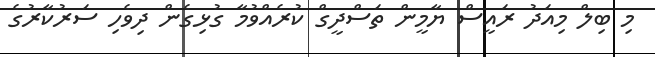
މި ބިލް މިއަދު ރައީސް ޔާމީން ތަސްދީގް ކުރެއްވުމާ ގުޅިގެން ދިވެހި ސަރުކާރުގެ